Lunatic asylums in Bengal annual reports 1899-1911 - 1899-1911
Year: 1899
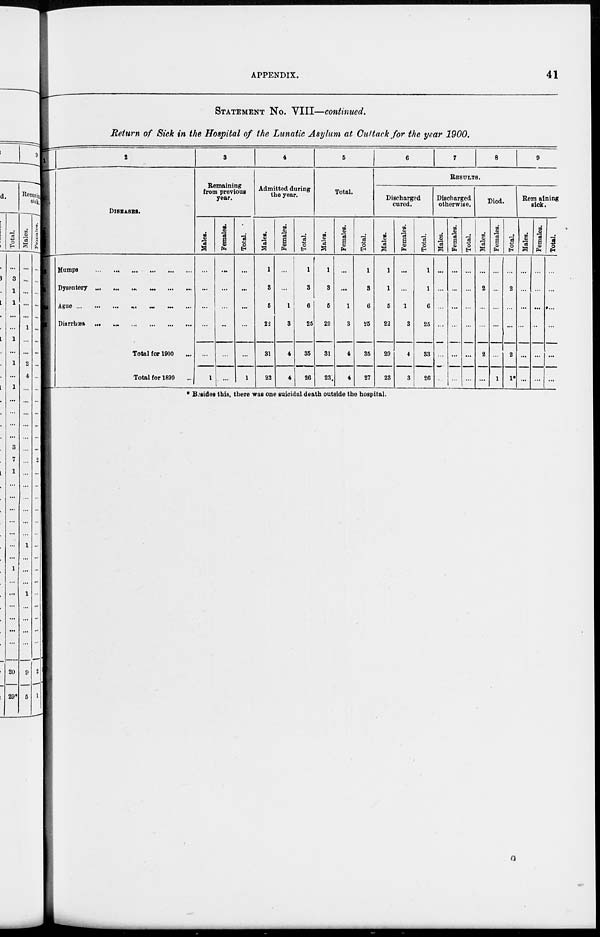
APPENDIX.
41
STATEMENT NO. VIII—continued.
Return of Sick in the Hospital of the Lunatic Asylum at Cuttack for the year 1900.
2
DISEASES.
Mumps
...
...
...
...
...
...
Dysentery
...
...
...
...
...
...
Ague
...
...
...
...
...
...
Diarrhœa
...
...
...
...
...
...
Total for 1900 ...
Total for 1899 ...
3
Remaining
from previous
year.
Males.
...
...
...
...
...
1
Females.
...
...
...
...
...
...
Total.
...
...
...
...
...
1
4
Admitted during
the year.
Males.
1
3
5
22
31
22
Females.
...
...
1
3
4
4
Total.
1
3
6
25
35
26
5
Total.
Males.
1
3
5
22
31
23
Females.
...
...
1
3
4
4
Total.
1
3
6
25
35
27
6
7
8
9
RESULTS.
Discharged
cured.
Males.
1
1
5
22
29
23
Females.
...
...
1
3
4
3
Total.
1
1
6
25
33
26
Discharged
otherwise.
Males.
...
...
...
...
...
...
Females.
...
...
...
...
...
...
Total.
...
...
...
...
...
...
Died.
Males.
...
2
...
...
2
...
Females.
...
...
...
...
...
1
Total.
...
2
...
...
2
1*
Remaining
sick.
Males.
...
...
...
...
...
...
Females.
...
...
...
...
...
...
Total.
...
...
...
...
...
...
* Besides this, there was one suicidal death outside the hospital.